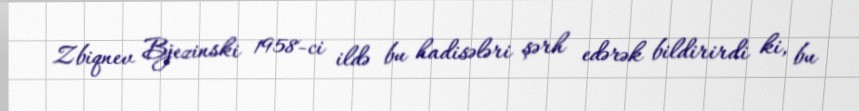
Zbiqnev Bjezinski 1958-ci ildə bu hadisələri şərh edərək bildirirdi ki, bu